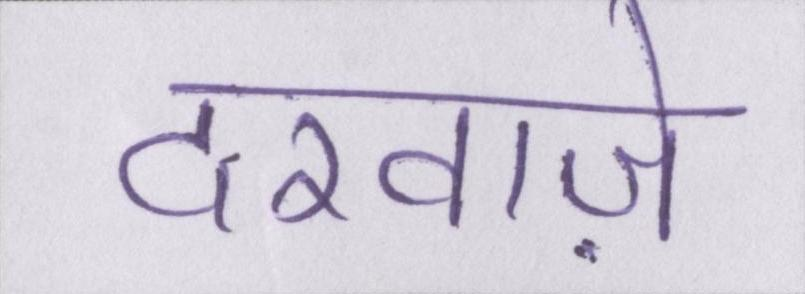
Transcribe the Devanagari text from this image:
दरवाज़े